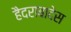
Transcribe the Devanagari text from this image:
हैदराबादेस